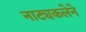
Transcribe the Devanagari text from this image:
नाट्यकलेने